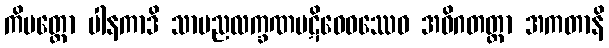
ကိမတ္ထော ပါနကာဒိ သာမညလက္ခဏပဋိဝေဓဿေဝ အဓိဂတတ္တာ အကတာနိ